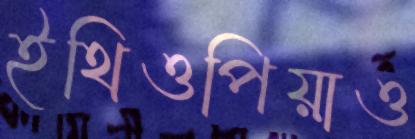
ইথিওপিয়াও